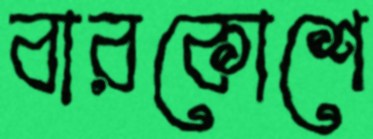
বারকোশে